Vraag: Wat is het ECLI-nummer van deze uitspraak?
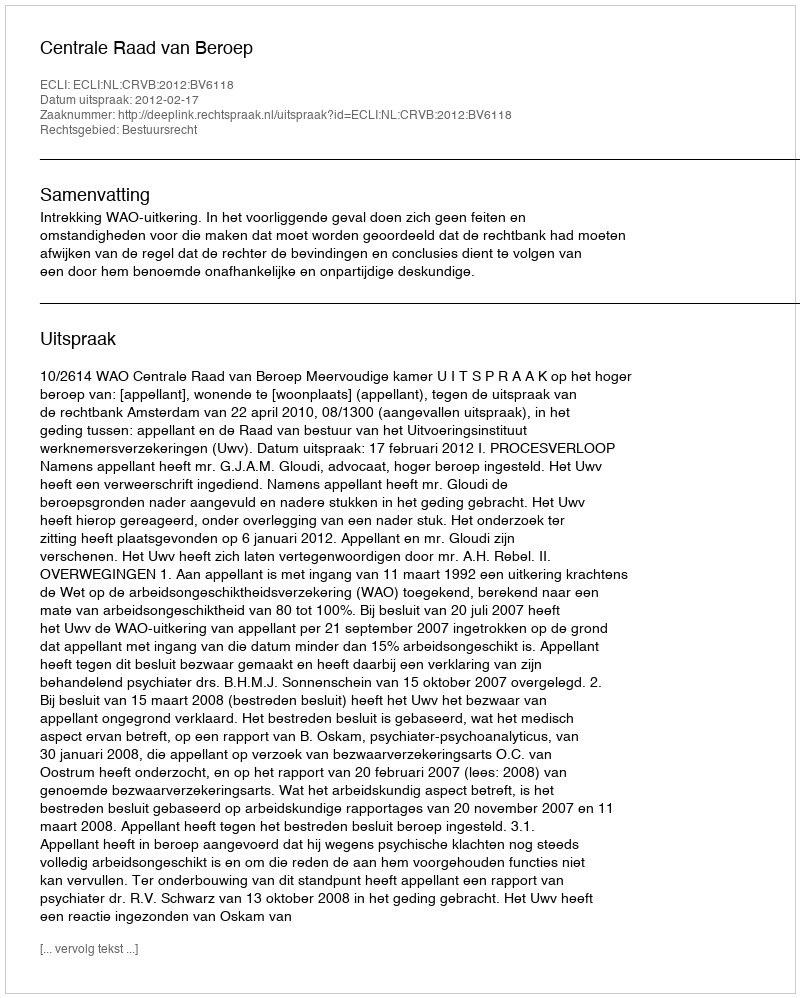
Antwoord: ECLI:NL:CRVB:2012:BV6118